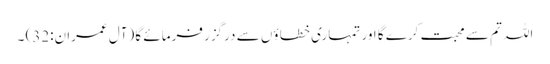
اللہ تم سے محبت کرے گا اور تمہاری خطا ؤں سے درگزر فرمائے گا (آلِ عمران:32) ۔